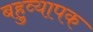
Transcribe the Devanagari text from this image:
बहुव्यापक